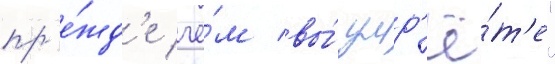
пр'е́жд'е че́м вы́ умр'ё́т'е"